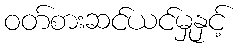
ဝတ်စားဆင်ယင်မှုနှင့်